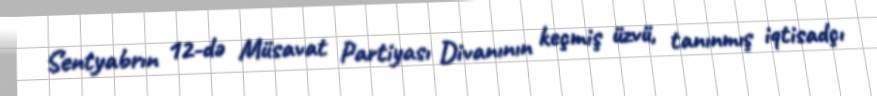
Sentyabrın 12-də Müsavat Partiyası Divanının keçmiş üzvü, tanınmış iqtisadçı